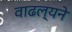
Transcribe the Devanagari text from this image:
वाढल्यने